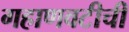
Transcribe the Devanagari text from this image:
गहाणवटीची